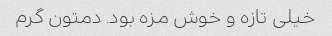
خیلی تازه و خوش مزه بود. دمتون گرم